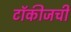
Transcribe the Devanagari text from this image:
टॉकीजची